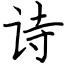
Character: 诗